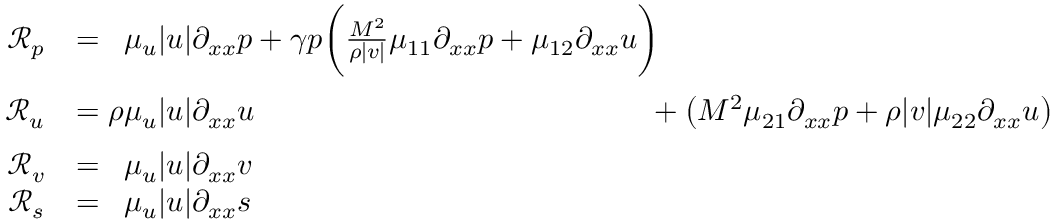
\begin{array} { r l } { \mathcal { R } _ { p } } & { = \phantom { \rho } \mu _ { u } | u | \partial _ { x x } p + \gamma p \bigg ( \frac { M ^ { \- 2 } } { \rho | v | } \mu _ { 1 1 } \partial _ { x x } p + \mu _ { 1 2 } \partial _ { x x } u \bigg ) \phantom { + \big ( M ^ { \- 2 } \mu _ { 2 1 } \partial _ { x x } p + \rho | v | \mu _ { 2 2 } \partial _ { x x } u \big ) } } \\ { \mathcal { R } _ { u } } & { = \rho \mu _ { u } | u | \partial _ { x x } u \phantom { + \gamma p \bigg ( \frac { M ^ { \- 2 } } { \rho | v | } \mu _ { 1 1 } \partial _ { x x } p + \mu _ { 1 2 } \partial _ { x x } u \bigg ) } + \big ( M ^ { \- 2 } \mu _ { 2 1 } \partial _ { x x } p + \rho | v | \mu _ { 2 2 } \partial _ { x x } u \big ) } \\ { \mathcal { R } _ { v } } & { = \phantom { \rho } \mu _ { u } | u | \partial _ { x x } v } \\ { \mathcal { R } _ { s } } & { = \phantom { \rho } \mu _ { u } | u | \partial _ { x x } s } \end{array}